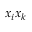
x _ { i } x _ { k }